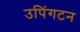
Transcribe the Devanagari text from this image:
उपिंगटन